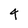
Character: 4